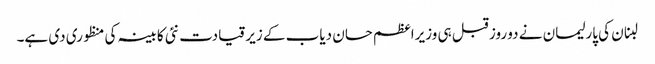
لبنان کی پارلیمان نے دو روز قبل ہی وزیراعظم حسان دیاب کے زیر قیادت نئی کابینہ کی منظوری دی ہے۔